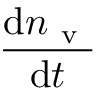
\frac { \mathrm { d } n _ { \mathrm { ~ v ~ } } } { \mathrm { d } t }